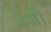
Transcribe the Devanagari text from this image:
रेजो